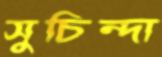
সুচিন্দা